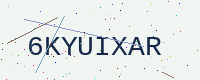
Text: 6KYUIXAR